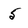
Character: 5